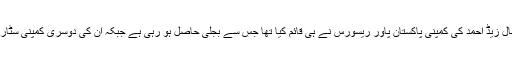
بھکی میں ریکارڈ مدت میں قائم ہونے والا پاور پلانٹ بھی اقبال زیڈ احمد کی کمپنی پاکستان پاور ریسورس نے ہی قائم کیا تھا جس سے بجلی حاصل ہو رہی ہے جبکہ ان کی دوسری کمپنی سٹار پاور ڈھرکی میں 134 میگا واٹ کا پاور پلانٹ لگا رہی ہے۔